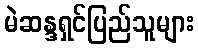
မဲဆန္ဒရှင်ပြည်သူများ